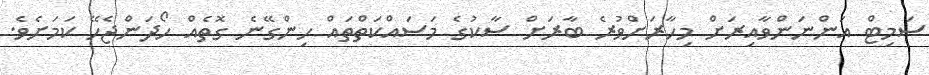
ސަމިޓް އަންނަންވާއިރަށް މިހާރަށްވުރެ ބާރަށް ސާކުގެ މަސައްކަތްތައް ހިންގޭނެ ގޮތެއް ހޯދަންޖެހޭ ކަމަށެވެ.